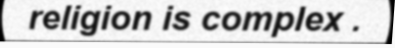
religion is complex .